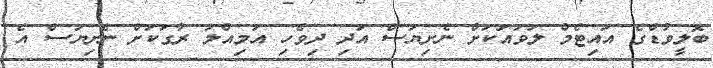
ބޮލީވުޑްގެ އައިޓެމް ލަވައަކަށް ނެށިޔަސް އަދި ދިވެހި އަމިއްލަ ރާގަކަށް ނެށިޔަސް އެ